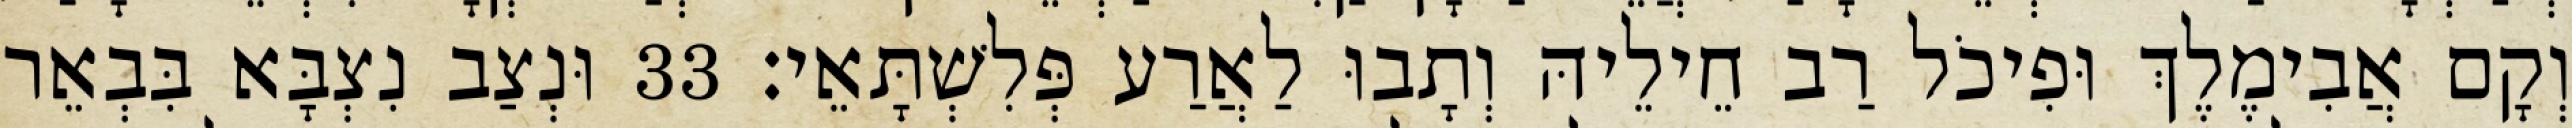
וְקָם אֲבִימֶלֶךְ וּפִיכֹל רַב חֵילֵיהּ וְתָבוּ לַאֲרַע פְּלִשְׁתָּאֵי׃ 33 וּנְצַב נִצְבָּא בִּבְאֵר